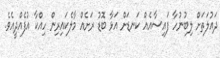
ދައުލަތަށް ލިބުނުހާ ފައިސާއެއް ކަނޑަށް އަޅާ ބޮޑު ރަށެއް މާލެކައިރިން ހިއްކާ އުފެއްދީއެވެ.